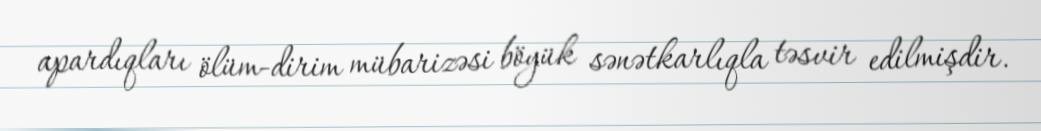
apardıqları ölüm-dirim mübarizəsi böyük sənətkarlıqla təsvir edilmişdir.